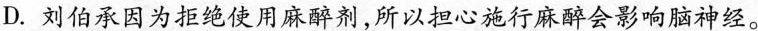
D.刘伯承因为拒绝使用麻醉剂，所以担心施行麻醉会影响脑神经。